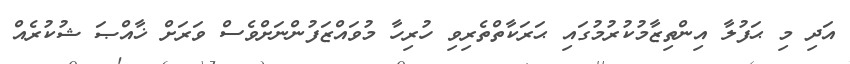
އަދި މި ޙަފުލާ އިންތިޒާމުކުރުމުގައި ޙަރަކާތްތެރިވި ހުރިހާ މުވައްޒަފުންނަށްވެސް ވަރަށް ޚާއްޞަ ޝުކުރެއް